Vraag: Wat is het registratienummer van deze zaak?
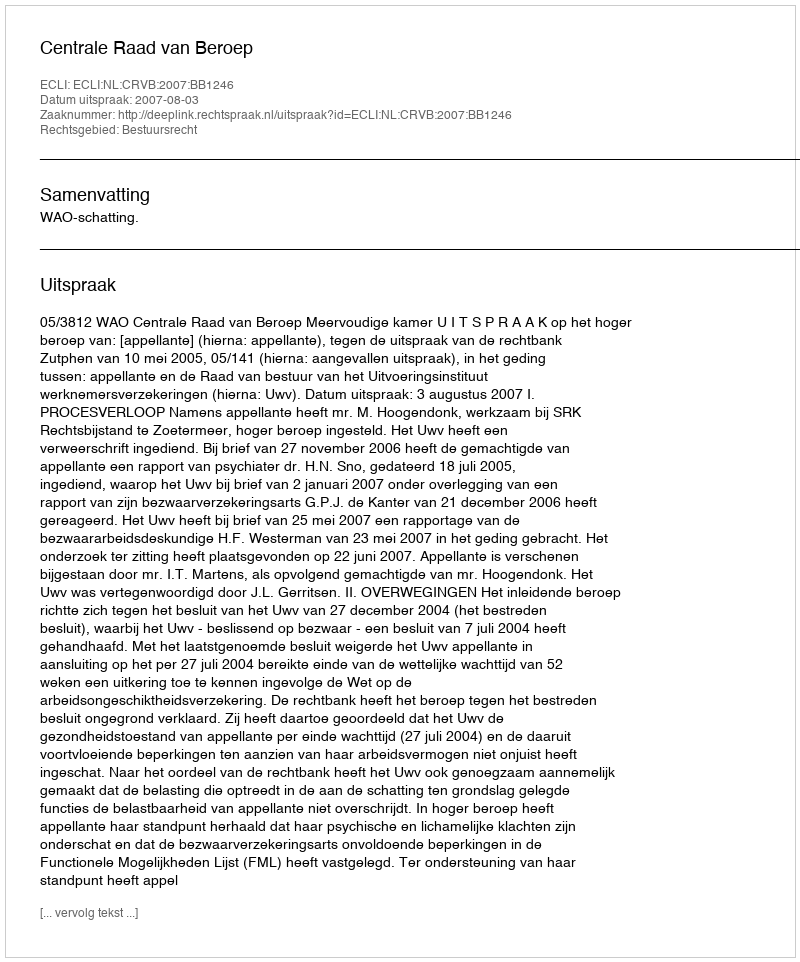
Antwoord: http://deeplink.rechtspraak.nl/uitspraak?id=ECLI:NL:CRVB:2007:BB1246